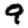
Digit: 9